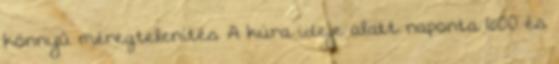
könnyű méregtelenítés A kúra ideje alatt naponta 600 és